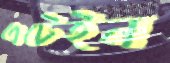
এটেইন